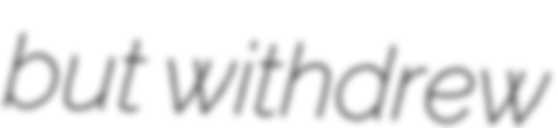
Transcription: but withdrew